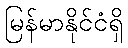
မြန်မာနိုင်ငံရှိ